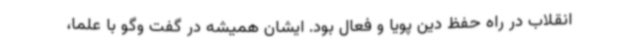
انقلاب در راه حفظ دین پویا و فعال بود. ایشان همیشه در گفت وگو با علما،